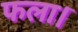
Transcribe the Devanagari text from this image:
फला।